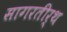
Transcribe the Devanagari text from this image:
सागरतीर्थ